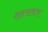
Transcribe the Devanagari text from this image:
शहरालाच